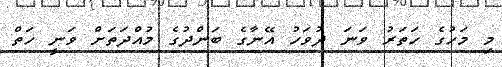
މި މަހުގެ ހަތަރު ވަނަ ދުވަހު އޭނާގެ ބަންދުގެ މުއްދަތަށް ވަނީ ހަތް